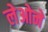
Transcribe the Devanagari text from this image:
लेओने